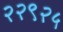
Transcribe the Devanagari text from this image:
२२९२५